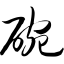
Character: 碗